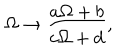
{ \Omega \to { \frac { a \Omega + b } { c \Omega + d } } , }